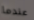
عندما